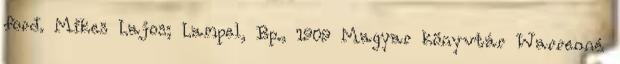
ford. Mikes Lajos; Lampel, Bp., 1909 Magyar könyvtár Warrenné